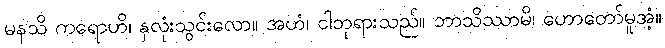
မနသိ ကရောဟိ၊ နှလုံးသွင်းလော။ အဟံ၊ ငါဘုရားသည်။ ဘာသိဿာမိ၊ ဟောတော်မူအံ့။